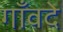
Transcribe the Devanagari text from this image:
गाँवदे